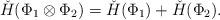
LaTeX: \begin{align*}\check{H}(\Phi _{1}\otimes \Phi _{2})=\check{H}(\Phi _{1})+\check{H}(\Phi_{2}). \end{align*}